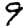
Digit: 9